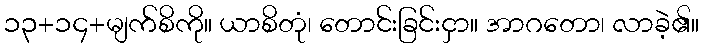
၁၃+၁၄+မျက်စိကို။ ယာစိတုံ၊ တောင်းခြင်းငှာ။ အာဂတော၊ လာခဲ့၏။